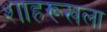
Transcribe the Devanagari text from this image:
शाहरूखला